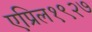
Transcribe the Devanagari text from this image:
एप्रिल१९२७